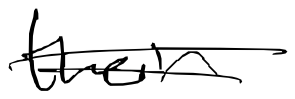
Text: their
Cross-out: double-line
Writing tool: digital_black